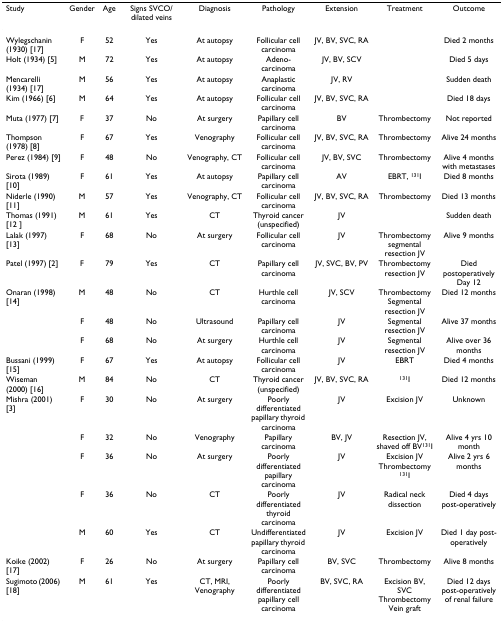
<table><thead><tr><td><b>Study</b></td><td><b>Gender</b></td><td><b>Age</b></td><td><b>Signs SVCO/dilated veins</b></td><td><b>Diagnosis</b></td><td><b>Pathology</b></td><td><b>Extension</b></td><td><b>Treatment</b></td><td><b>Outcome</b></td></tr></thead><tbody><tr><td>Wylegschanin (1930) [17]</td><td>F</td><td>52</td><td>Yes</td><td>At autopsy</td><td>Follicular cell carcinoma</td><td>JV, BV, SVC, RA</td><td></td><td>Died 2 months</td></tr><tr><td>Holt (1934) [5]</td><td>M</td><td>72</td><td>Yes</td><td>At autopsy</td><td>Adeno-carcinoma</td><td>JV, BV, SCV</td><td></td><td>Died 5 days</td></tr><tr><td>Mencarelli (1934) [17]</td><td>M</td><td>56</td><td>Yes</td><td>At autopsy</td><td>Anaplastic carcinoma</td><td>JV, RV</td><td></td><td>Sudden death</td></tr><tr><td>Kim (1966) [6]</td><td>M</td><td>64</td><td>Yes</td><td>At autopsy</td><td>Follicular cell carcinoma</td><td>JV, BV, SVC, RA</td><td></td><td>Died 18 days</td></tr><tr><td>Muta (1977) [7]</td><td>F</td><td>37</td><td>No</td><td>At surgery</td><td>Papillary cell carcinoma</td><td>BV</td><td>Thrombectomy</td><td>Not reported</td></tr><tr><td>Thompson (1978) [8]</td><td>F</td><td>67</td><td>Yes</td><td>Venography</td><td>Follicular cell carcinoma</td><td>JV, BV, SVC, RA</td><td>Thrombectomy</td><td>Alive 24 months</td></tr><tr><td>Perez (1984) [9]</td><td>F</td><td>48</td><td>No</td><td>Venography, CT</td><td>Follicular cell carcinoma</td><td>JV, BV, SVC</td><td>Thrombectomy</td><td>Alive 4 months with metastases</td></tr><tr><td>Sirota (1989) [10]</td><td>F</td><td>61</td><td>Yes</td><td>At autopsy</td><td>Papillary cell carcinoma</td><td>AV</td><td>EBRT, <sup>131</sup>I</td><td>Died 8 months</td></tr><tr><td>Niderle (1990) [11]</td><td>M</td><td>57</td><td>Yes</td><td>Venography, CT</td><td>Follicular cell carcinoma</td><td>JV, BV, SVC, RA</td><td>Thrombectomy</td><td>Died 13 months</td></tr><tr><td>Thomas (1991) [12 ]</td><td>M</td><td>61</td><td>Yes</td><td>CT</td><td>Thyroid cancer (unspecified)</td><td>JV</td><td></td><td>Sudden death</td></tr><tr><td>Lalak (1997) [13]</td><td>F</td><td>68</td><td>No</td><td>At surgery</td><td>Follicular cell carcinoma</td><td>JV</td><td>Thrombectomy segmental resection JV</td><td>Alive 9 months</td></tr><tr><td>Patel (1997) [2]</td><td>F</td><td>79</td><td>Yes</td><td>CT</td><td>Papillary cell carcinoma</td><td>JV, SVC, BV, PV</td><td>Thrombectomy resection JV</td><td>Died postoperatively Day 12</td></tr><tr><td>Onaran (1998) [14]</td><td>M</td><td>48</td><td>No</td><td>CT</td><td>Hurthle cell carcinoma</td><td>JV, SCV</td><td>Thrombectomy Segmental resection JV</td><td>Died 12 months</td></tr><tr><td></td><td>F</td><td>48</td><td>No</td><td>Ultrasound</td><td>Papillary cell carcinoma</td><td>JV</td><td>Segmental resection JV</td><td>Alive 37 months</td></tr><tr><td></td><td>F</td><td>68</td><td>No</td><td>At surgery</td><td>Hurthle cell carcinoma</td><td>JV</td><td>Segmental resection JV</td><td>Alive over 36 months</td></tr><tr><td>Bussani (1999) [15]</td><td>F</td><td>67</td><td>Yes</td><td>At autopsy</td><td>Follicular cell carcinoma</td><td>JV</td><td>EBRT</td><td>Died 4 months</td></tr><tr><td>Wiseman (2000) [16]</td><td>M</td><td>84</td><td>No</td><td>CT</td><td>Thyroid cancer (unspecified)</td><td>JV, BV, SVC, RA</td><td><sup>131</sup>I</td><td>Died 12 months</td></tr><tr><td>Mishra (2001) [3]</td><td>F</td><td>30</td><td>No</td><td>At surgery</td><td>Poorly differentiated papillary thyroid carcinoma</td><td>JV</td><td>Excision JV</td><td>Unknown</td></tr><tr><td></td><td>F</td><td>32</td><td>No</td><td>Venography</td><td>Papillary carcinoma</td><td>BV, JV</td><td>Resection JV, shaved off BV<sup>131</sup>I</td><td>Alive 4 yrs 10 month</td></tr><tr><td></td><td>F</td><td>36</td><td>No</td><td>At surgery</td><td>Poorly differentiated papillary carcinoma</td><td>JV</td><td>Excision JV Thrombectomy <sup>131</sup>I</td><td>Alive 2 yrs 6 months</td></tr><tr><td></td><td>F</td><td>36</td><td>No</td><td>CT</td><td>Poorly differentiated thyroid carcinoma</td><td>JV</td><td>Radical neck dissection</td><td>Died 4 days post-operatively</td></tr><tr><td></td><td>M</td><td>60</td><td>Yes</td><td>CT</td><td>Undifferentiated papillary thyroid carcinoma</td><td>JV</td><td>Excision JV</td><td>Died 1 day post-operatively</td></tr><tr><td>Koike (2002) [17]</td><td>F</td><td>26</td><td>No</td><td>At surgery</td><td>Papillary cell carcinoma</td><td>BV, SVC</td><td>Thrombectomy</td><td>Alive 8 months</td></tr><tr><td>Sugimoto (2006) [18]</td><td>M</td><td>61</td><td>Yes</td><td>CT, MRI, Venography</td><td>Poorly differentiated papillary cell carcinoma</td><td>BV, SVC, RA</td><td>Excision BV, SVC Thrombectomy Vein graft</td><td>Died 12 days post-operatively of renal failure</td></tr></tbody></table>